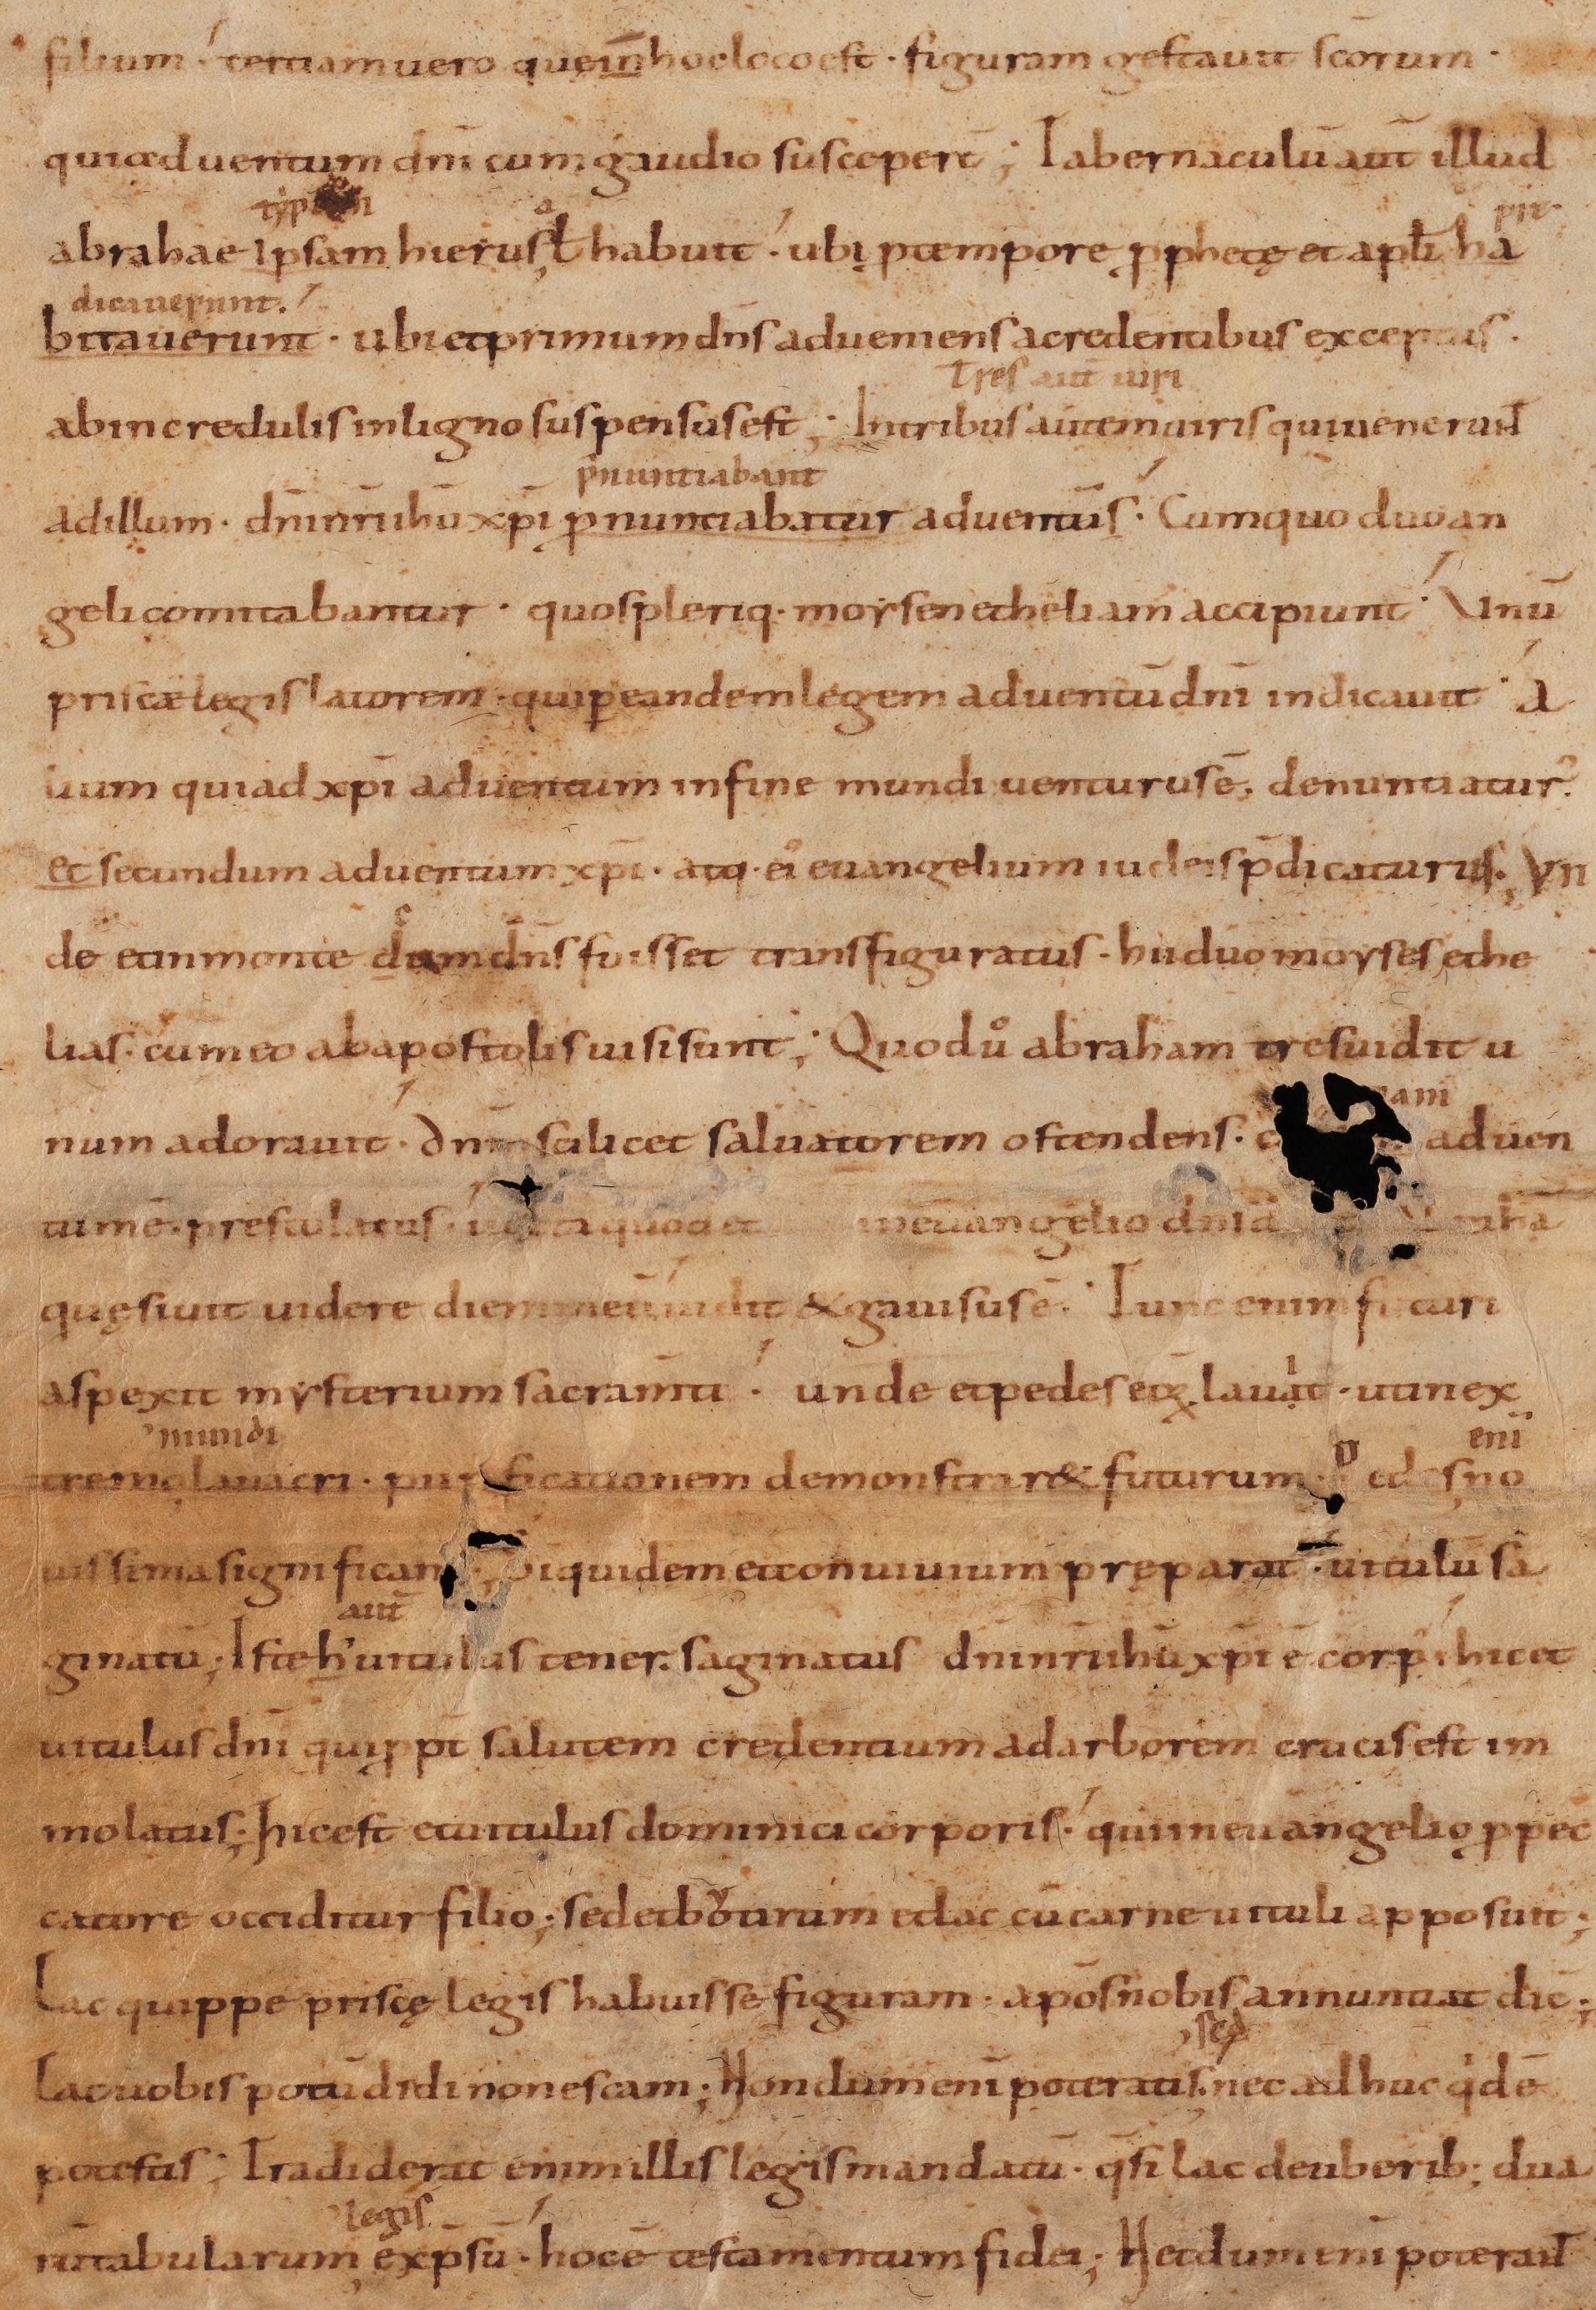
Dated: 895–935